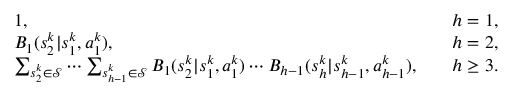
\begin{array} { r l r } & { 1 , \quad } & { h = 1 , } \\ & { B _ { 1 } ( s _ { 2 } ^ { k } \vert s _ { 1 } ^ { k } , a _ { 1 } ^ { k } ) , \quad } & { h = 2 , } \\ & { \sum _ { s _ { 2 } ^ { k } \in \mathcal { S } } \cdots \sum _ { s _ { h - 1 } ^ { k } \in \mathcal { S } } B _ { 1 } ( s _ { 2 } ^ { k } \vert s _ { 1 } ^ { k } , a _ { 1 } ^ { k } ) \cdots B _ { h - 1 } ( s _ { h } ^ { k } \vert s _ { h - 1 } ^ { k } , a _ { h - 1 } ^ { k } ) , \quad } & { h \geq 3 . } \end{array}